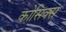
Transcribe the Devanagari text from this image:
कोसिक्स